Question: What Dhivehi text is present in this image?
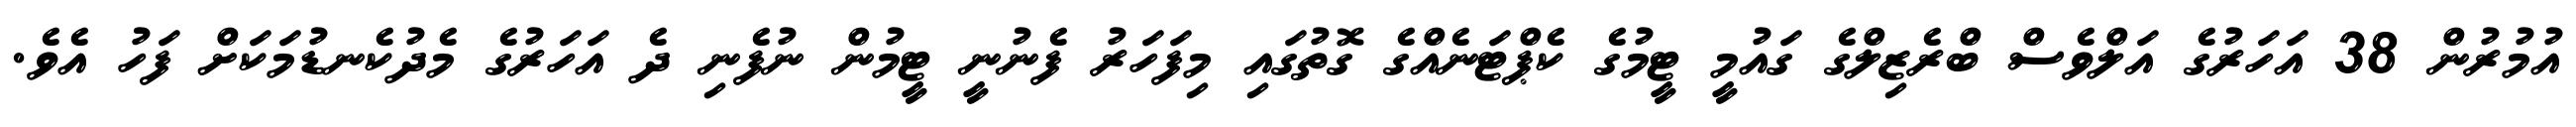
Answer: އުމުރުން 38 އަހަރުގެ އަލްވެސް ބްރެޒިލްގެ ގައުމީ ޓީމުގެ ކެޕްޓަނެއްގެ ގޮތުގައި މިފަހަރު ފެނުނީ ޓީމުން ނުފެނި ދެ އަހަރުގެ މެދުކެނޑުމަކަށް ފަހު އެވެ.